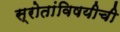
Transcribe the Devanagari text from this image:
स्रोतांविषयीची